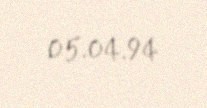
05.04.94